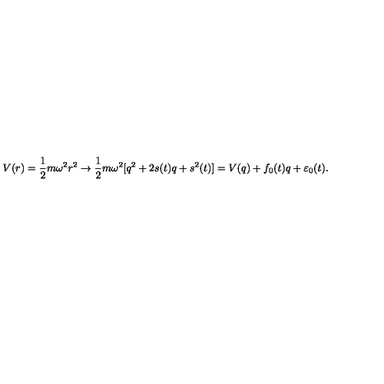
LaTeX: V ( r ) = \frac { 1 } { 2 } m \omega ^ { 2 } r ^ { 2 } \rightarrow \frac { 1 } { 2 } m \omega ^ { 2 } [ q ^ { 2 } + 2 s ( t ) q + s ^ { 2 } ( t ) ] = V ( q ) + f _ { 0 } ( t ) q + \varepsilon _ { 0 } ( t ) .